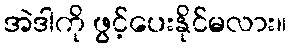
အဲဒါကို ဖွင့်ပေးနိုင်မလား။